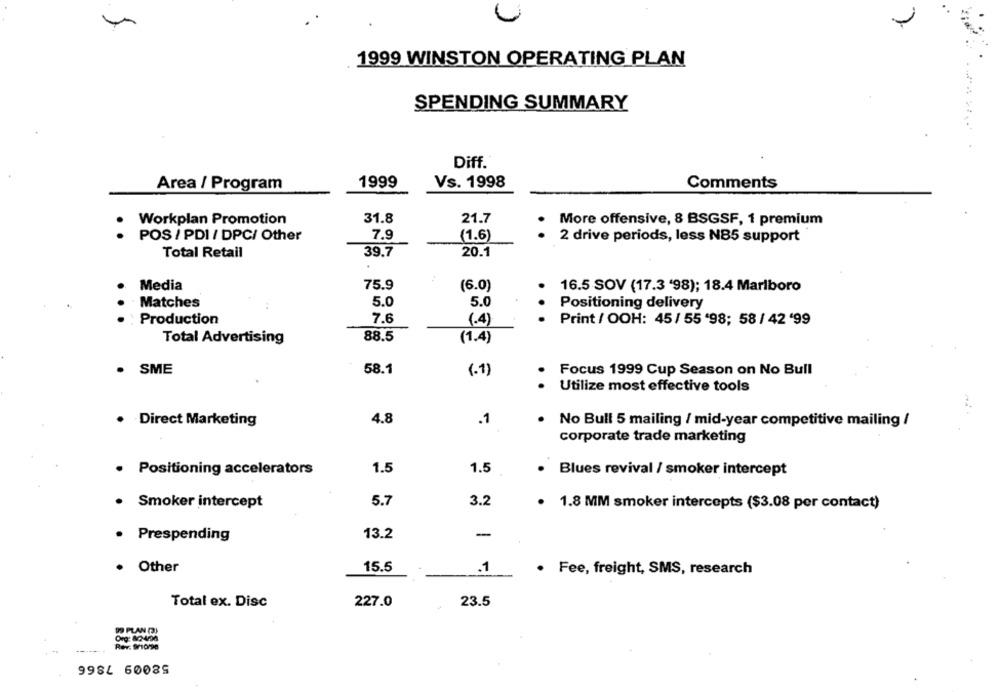
1999 WINSTON OPERATING PLAN
SPENDING SUMMARY
Diff.
Area / Program
1999
Vs. 1998
Comments
Workplan Promotion
31.8
21.7
More offensive, 8 BSGSF, 1 premium
7.9
POS / PDI / DPC/ Other
(1.6)
2 drive periods, less NB5 support
Total Retail
39.7
20.1
Media
75.9
(6.0)
16.5 SOV (17.3 '98); 18.4 Marlboro
Matches
5.0
5.0
Positioning delivery
Production
7.6
(.4)
Print / OOH: 45/ 55 '98; 58 / 42 '99
88.5
(1.4)
Total Advertising
. SME
58.1
(.1)
Focus 1999 Cup Season on No Bull
Utilize most effective tools
· · Direct Marketing
4.8
.1
No Bull 5 mailing / mid-year competitive mailing /
corporate trade marketing
· Positioning accelerators
1.5
1.5
Blues revival / smoker intercept
Smoker intercept
5.7
3.2
· 1.8 MM smoker intercepts ($3.08 per contact)
· Prespending
13.2
-
15.5
Other
.1
Fee, freight, SMS, research
Total ex. Disc
227.0
23.5
99 PLAN (3)
9984 60089